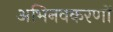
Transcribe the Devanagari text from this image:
अभिनवकरणों